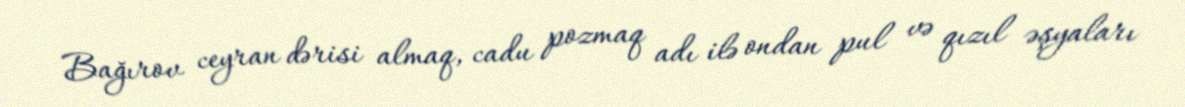
Bağırov ceyran dərisi almaq, cadu pozmaq adı ilə ondan pul və qızıl əşyaları